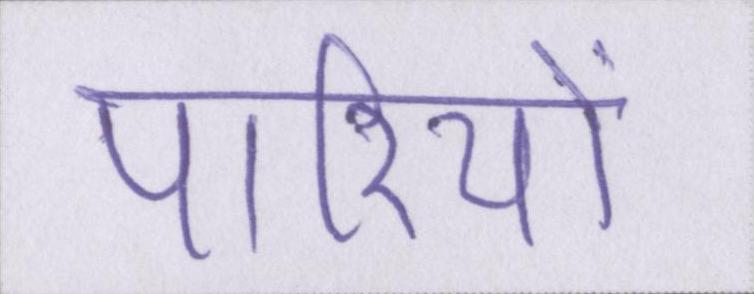
पारियों